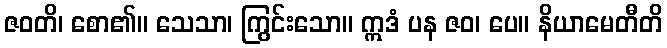
ဇဝတိ၊ စော၏။ သေသာ၊ ကြွင်းသော။ ဣဒံ ပန ဇဝ၊ ပေ။ နိယာမေတီတိ